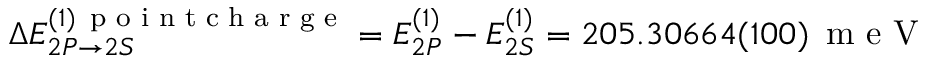
\Delta E _ { 2 P \rightarrow 2 S } ^ { ( 1 ) \, \textrm { p o i n t c h a r g e } } = E _ { 2 P } ^ { ( 1 ) } - E _ { 2 S } ^ { ( 1 ) } = 2 0 5 . 3 0 6 6 4 ( 1 0 0 ) \, \textrm { m e V }